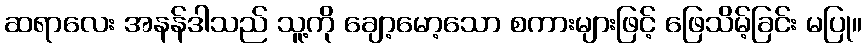
ဆရာလေး အနန်ဒါသည် သူ့ကို ချော့မော့သော စကားများဖြင့် ဖြေသိမ့်ခြင်း မပြု။